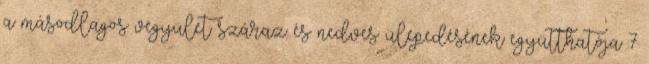
a másodlagos vegyület száraz és nedves ülepedésének együtthatója 7